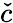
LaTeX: \check{c}